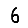
Digit: 6